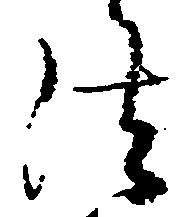
法